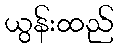
ယွန်းထည်